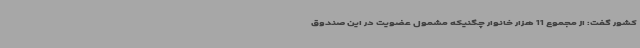
کشور گفت: از مجموع 11 هزار خانوار چگنیکه مشمول عضویت در این صندوق